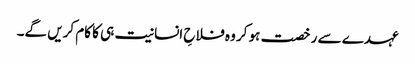
عہدے سے رخصت ہو کر وہ فلاحِ انسانیت ہی کا کام کریں گے۔